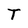
Character: T